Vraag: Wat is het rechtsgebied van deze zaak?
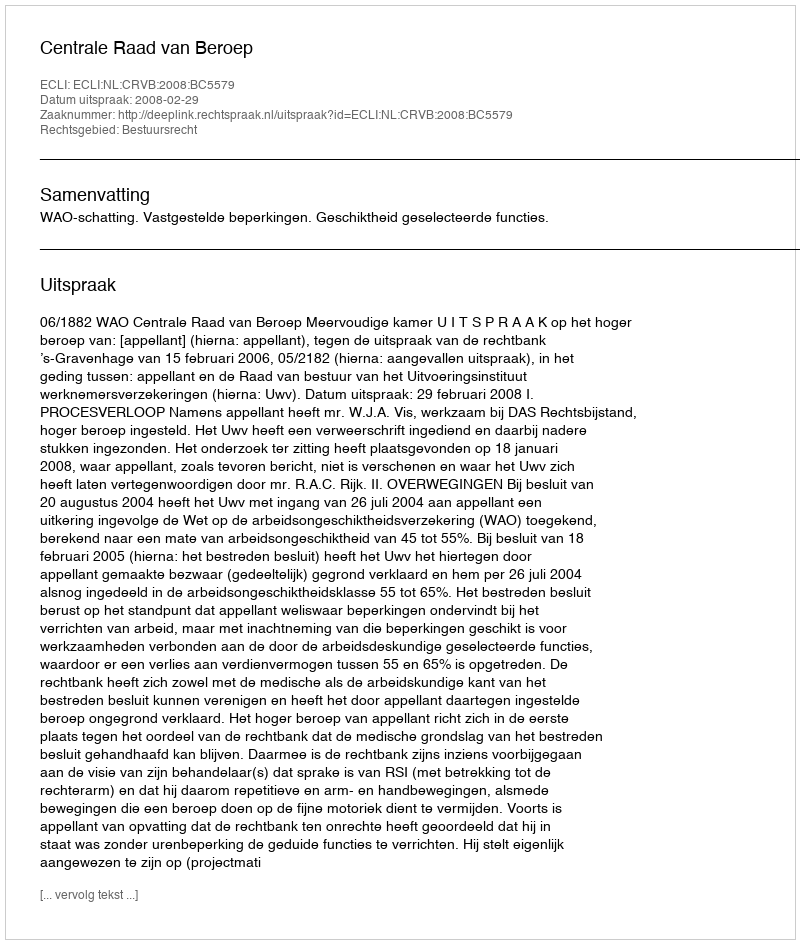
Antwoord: Bestuursrecht